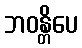
ဘဝန္တိပေ